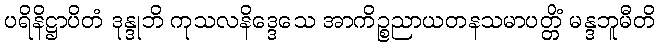
ပရိနိဋ္ဌာပိတံ ဒုန္ဒုဘိ ကုသလနိဒ္ဒေသေ အာကိဉ္စညာယတနသမာပတ္တိံ မန္ဒဘူမီတိ